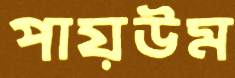
পায়উম